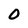
Character: 0